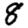
Digit: 8